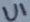
Text: U1